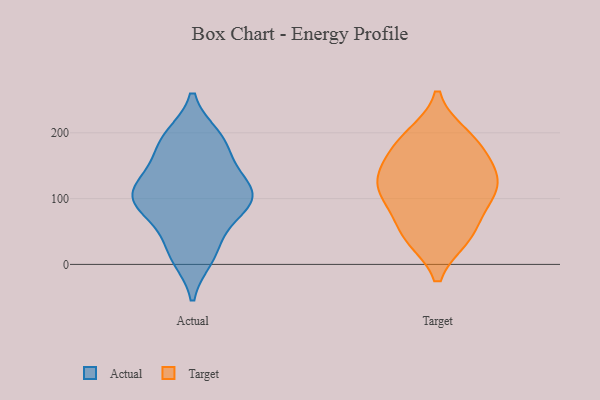
{"axis": {"x": "Latency (ms)", "y": "Value"}, "legend": ["Actual", "Target"], "data": [{"x": "", "y": 190, "type": "Actual"}, {"x": "", "y": 73, "type": "Actual"}, {"x": "", "y": 114, "type": "Actual"}, {"x": "", "y": 145, "type": "Actual"}, {"x": "", "y": 194, "type": "Actual"}, {"x": "", "y": 170, "type": "Actual"}, {"x": "", "y": 118, "type": "Actual"}, {"x": "", "y": 30, "type": "Actual"}, {"x": "", "y": 79, "type": "Actual"}, {"x": "", "y": 106, "type": "Actual"}, {"x": "", "y": 15, "type": "Actual"}, {"x": "", "y": 93, "type": "Actual"}, {"x": "", "y": 97, "type": "Actual"}, {"x": "", "y": 189, "type": "Actual"}, {"x": "", "y": 11, "type": "Actual"}, {"x": "", "y": 97, "type": "Actual"}, {"x": "", "y": 126, "type": "Actual"}, {"x": "", "y": 139, "type": "Target"}, {"x": "", "y": 132, "type": "Target"}, {"x": "", "y": 116, "type": "Target"}, {"x": "", "y": 180, "type": "Target"}, {"x": "", "y": 91, "type": "Target"}, {"x": "", "y": 42, "type": "Target"}, {"x": "", "y": 47, "type": "Target"}, {"x": "", "y": 43, "type": "Target"}, {"x": "", "y": 153, "type": "Target"}, {"x": "", "y": 113, "type": "Target"}, {"x": "", "y": 195, "type": "Target"}, {"x": "", "y": 103, "type": "Target"}, {"x": "", "y": 189, "type": "Target"}]}